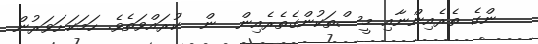
ންގެ ތެރެއިންނާއި މީސްތަކުންގެތެރެއިން  ން  ކުރައްވަތެވެ. ހަމަކަށަވަރުން